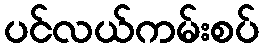
ပင်လယ်ကမ်းစပ်